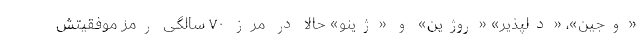
«وجین»، «دلپذیر» «روژین» و «ژینو» حالا در مرز ۷۰ سالگی رمز موفقیتش